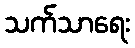
သက်သာရေး